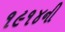
૧૯૧૪ની